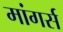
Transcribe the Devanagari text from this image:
मांगर्स